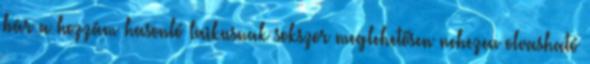
bár a hozzám hasonló laikusnak sokszor meglehetősen nehezen olvasható